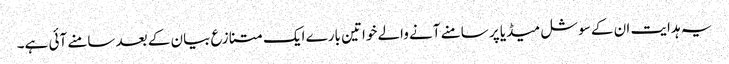
یہ ہدایت ان کے سوشل میڈیا پر سامنے آنے والے خواتین بارے ایک متنازع بیان کے بعد سامنے آئی ہے۔